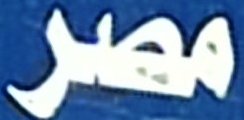
مصر